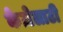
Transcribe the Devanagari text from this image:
केज़ेलाटी